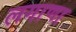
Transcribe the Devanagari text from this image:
लगाणा